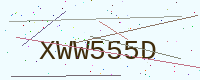
Text: XWW555D